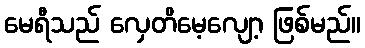
မေရီသည် လှေတိမေ့လျော့ ဖြစ်မည်။